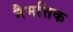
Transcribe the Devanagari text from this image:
नैमत्तिक